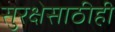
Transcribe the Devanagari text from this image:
सुरक्षेसाठीही